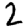
Digit: 2